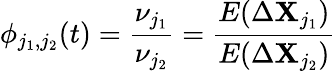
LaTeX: \phi_{j_{1},j_{2}}(t)=\frac{\nu_{j_{1}}}{\nu_{j_{2}}}=\frac{E(\Delta\mathbf{X}_{j_{1}})}{E(\Delta\mathbf{X}_{j_{2}})}